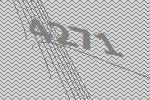
4271